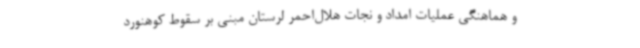
و هماهنگی عملیات امداد و نجات هلال‌احمر لرستان مبنی بر سقوط کوهنورد